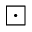
\boxdot